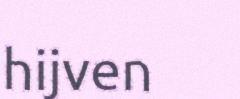
hijven